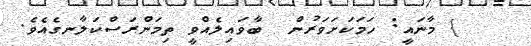
} މާނައީ: ހަމަކަށަވަރުން  ބާވައިލެއްވީ ތިމަންރަސްކަލާނގެއެވެ.